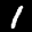
Label: 1